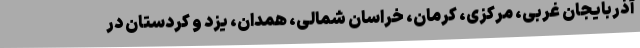
آذربایجان غربی، مرکزی، کرمان، خراسان شمالی، همدان، یزد و کردستان در